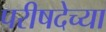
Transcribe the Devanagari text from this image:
परीषदेच्या